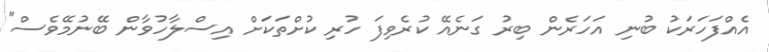
އެއްފަހަރަކު ބުނި އަހަރެން ބިރު ގަނެއޭ ކުރެވިފަ ހުރި ކުށްތަކަށް އިސްލާހުވާން ބޭނުމޭވެސް"